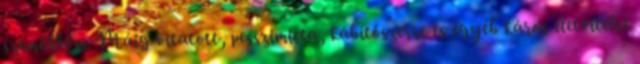
szemöldöm. Máig vitatott, pesszimista, kábítószerre és egyéb káros életvitelre